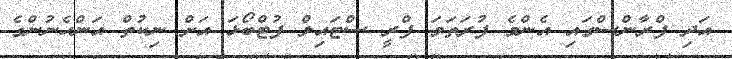
އަދި ފްރާންސްގައި އެންމެ ފުރަތަމަ ފްރީ ސްޓައިލް ފުޓްބޯޅަ އަށް ނިކުތް އަންހެނުންގެ